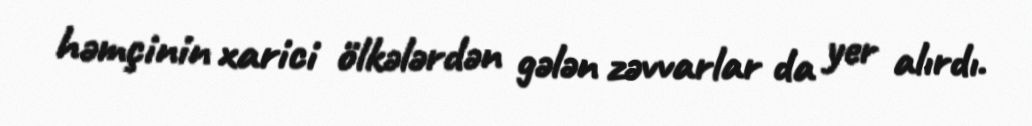
həmçinin xarici ölkələrdən gələn zəvvarlar da yer alırdı.